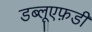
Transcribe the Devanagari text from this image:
डब्लूएफ़डी